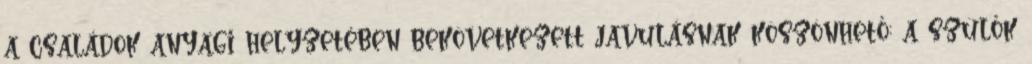
a családok anyagi helyzetében bekövetkezett javulásnak köszönhető: a szülők